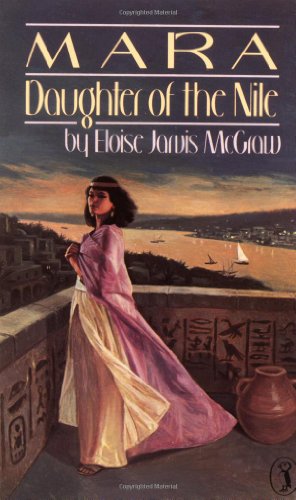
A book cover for Mara, Daughter of the Nile (Puffin Story Books); Eloise Jarvis McGraw; Children's Books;